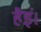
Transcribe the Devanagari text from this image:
हैइं।